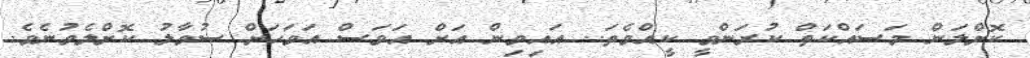
ކޮށްލަން މަސައްކަތް ކުރަންވީ ކީއްވެތަ.. އައިވިން އަށް އަވަސް އަވަހަށް ސުވާލު ކޮށްލެވުނެވެ.